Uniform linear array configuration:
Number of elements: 4
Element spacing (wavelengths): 1
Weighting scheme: kaiser
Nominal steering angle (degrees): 15
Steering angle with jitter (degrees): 16.89
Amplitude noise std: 0.05
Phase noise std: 0.05

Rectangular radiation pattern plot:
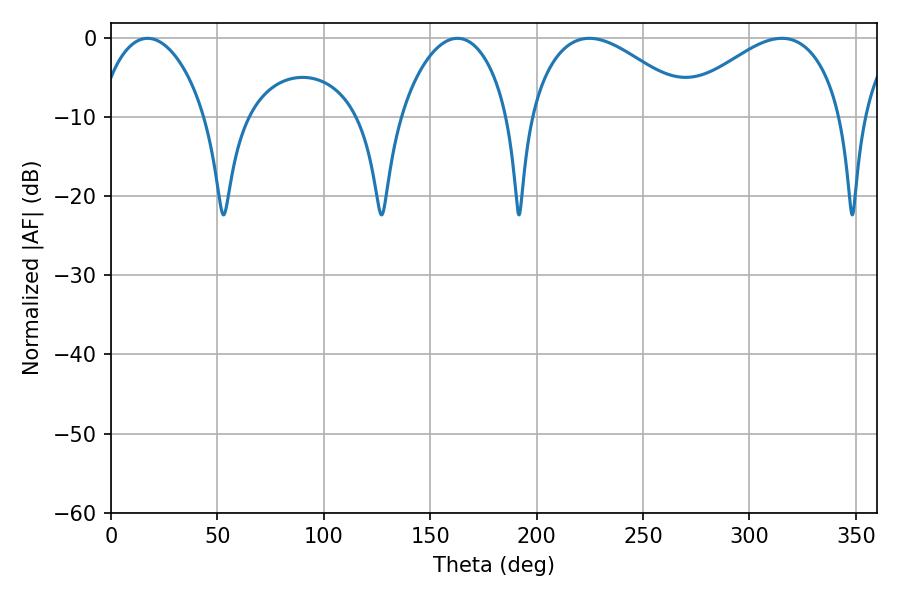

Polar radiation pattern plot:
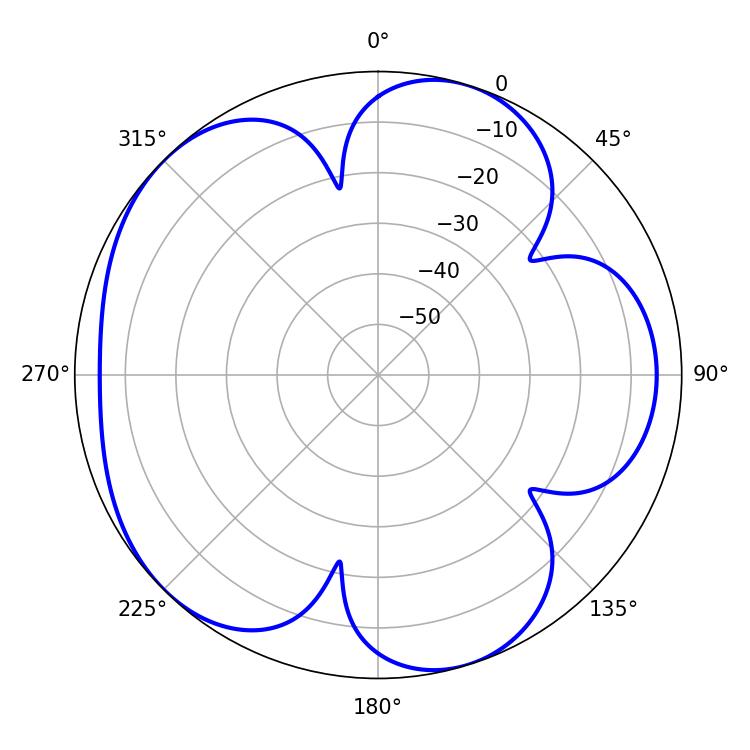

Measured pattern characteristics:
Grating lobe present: TRUE
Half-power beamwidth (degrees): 42.3
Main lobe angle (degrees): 315.18